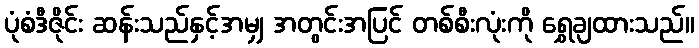
ပုံစံဒီဇိုင်း ဆန်းသည်နှင့်အမျှ အတွင်းအပြင် တစ်စီးလုံးကို ရွှေချထားသည်။